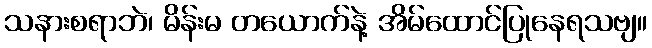
သနားစရာဘဲ၊ မိန်းမ တယောက်နဲ့ အိမ်ထောင်ပြုနေရသဗျ။